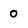
Character: 0